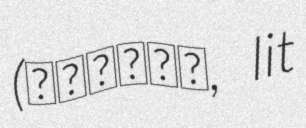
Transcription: (あぶない刑事, lit